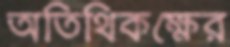
অতিথিকক্ষের